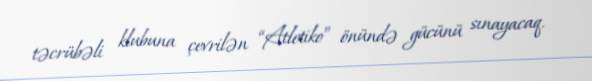
təcrübəli klubuna çevrilən “Atletiko” önündə gücünü sınayacaq.